Leaving Certificate Examination, 1905
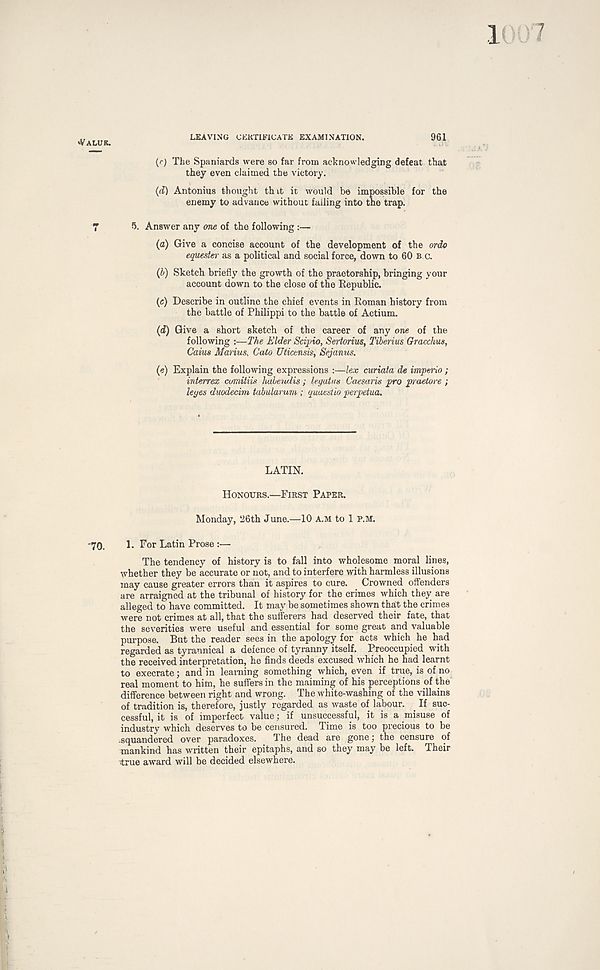
<VALUK.
LEAVING CERTIFICATE EXAMINATION.
961
(r) The Spaniards were so far from acknowledging defeat that
they even claimed the victory.
(d) Antonins thought thit it would be impossible for the
enemy to advance without failing into the trap.
7
5. Answer any one of the following :—
(a) Give a concise account of the development of the ordo
equester as a political and social force, down to 60 B c.
(b) Sketch briefly the growth of the praetorship, bringing your
account down to the close of the Republic.
(e) Describe in outline the chief events in Roman history from
the battle of Philippi to the battle of Actium.
(d) Give a short sketch of the career of any one of the
following :—The Elder Scipio, Sertorius, Tiberius Gracchus,
Caius Marius. Cato Uticcnsis, Sejanus.
(e) Explain the following expressions :—lex curiata de imperio;
interrex cimitiis habeudis; legatus Caesaris pro praetore ;
leges duodecimo, tabularum ; quaestio perpetua.
LATIN.
HONOURS.—FIRST PAPER.
Monday, ‘26th June.—10 A.M to 1 P.M.
'70.
1. For Latin Prose :—
The tendency of history is to fall into wholesome moral lines,
whether they be accurate or not, and to interfere with harmless illusions
may cause greater errors than it aspires to cure. Crowned offenders
are arraigned at the tribunal of history for the crimes which they are
alleged to have committed. It may be sometimes shown that the crimes
were not crimes at all, that the sufferers had deserved their fate, that
the severities were useful and essential for some great and valuable
purpose. But the reader sees in the apology for acts which he had
regarded as tyrannical a defence of tyranny itself. Preoccupied with
the received interpretation, he finds deeds excused which he had learnt
to execrate; and in learning something which, even if true, is of no
real moment to him, he suffers in the maiming of his perceptions of the
difference between right and wrong. The white-washing of the villains
of tradition is, therefore, justly regarded as waste of labour.
If suc-
cessful, it is of imperfect value; if unsuccessful, it is a misuse of
industry which deserves to be censured. Time is too precious to be
squandered over paradoxes.
The dead are gone; the censure of
mankind has written their epitaphs, and so they may be left. Their
true award will be decided elsewhere.